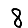
Digit: 8